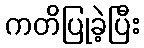
ကတိပြုခဲ့ပြီး